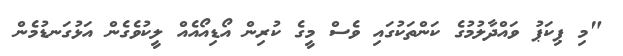
"މި ޕިކަޕު ވައްދާލުމުގެ ކަންތަކުގައި ވެސް މީގެ ކުރިން އޯޑިއޯއެއް ލީކުވެގެން އަޅުގަނޑުމެން